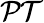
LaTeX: \mathcal{PT}